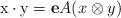
LaTeX: \begin{align*} \mathrm{x}\cdot \mathrm{y}=\mathbf{e} A(x\otimes y)\end{align*}